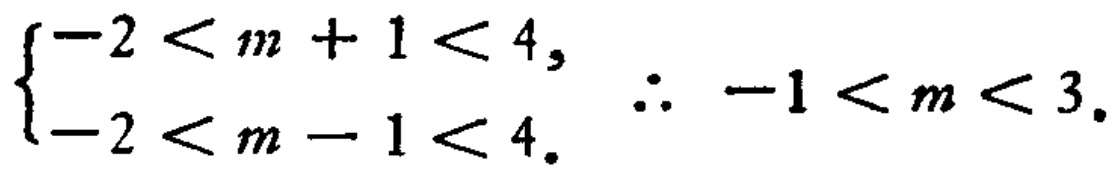
$\begin{cases}-2 < m + 1 < 4,\\-2 < m - 1 < 4.\end{cases}\therefore -1 < m < 3.$